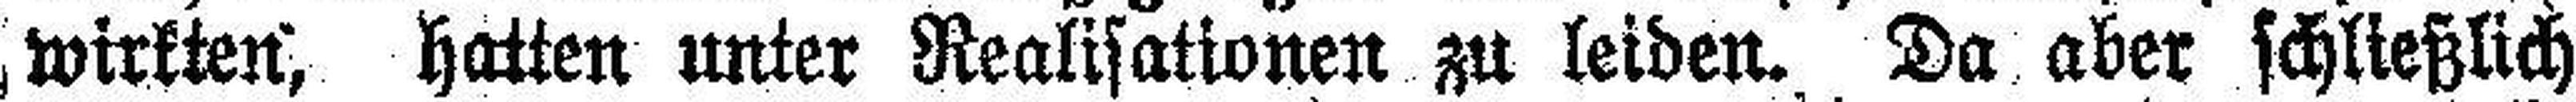
wirkten, hatten unter Realisationen zu leiden. Da aber schließlich